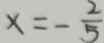
x = - \frac { 2 } { 5 }